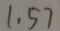
1 . 5 7